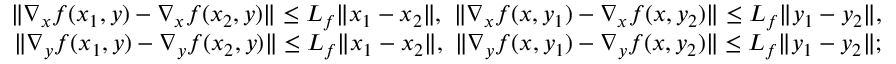
\begin{array} { r } { \| \nabla _ { x } f ( x _ { 1 } , y ) - \nabla _ { x } f ( x _ { 2 } , y ) \| \leq L _ { f } \| x _ { 1 } - x _ { 2 } \| , \ \| \nabla _ { x } f ( x , y _ { 1 } ) - \nabla _ { x } f ( x , y _ { 2 } ) \| \leq L _ { f } \| y _ { 1 } - y _ { 2 } \| , } \\ { \| \nabla _ { y } f ( x _ { 1 } , y ) - \nabla _ { y } f ( x _ { 2 } , y ) \| \leq L _ { f } \| x _ { 1 } - x _ { 2 } \| , \ \| \nabla _ { y } f ( x , y _ { 1 } ) - \nabla _ { y } f ( x , y _ { 2 } ) \| \leq L _ { f } \| y _ { 1 } - y _ { 2 } \| ; } \end{array}